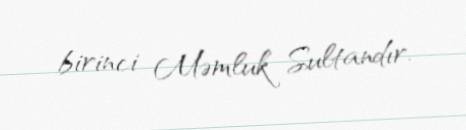
birinci Məmluk Sultandır.